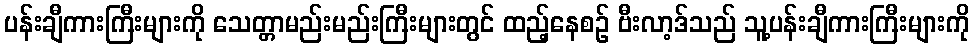
ပန်းချီကားကြီးများကို သေတ္တာမည်းမည်းကြီးများတွင် ထည့်နေစဉ် ဗီးလာ့ဒ်သည် သူ့ပန်းချီကားကြီးများကို